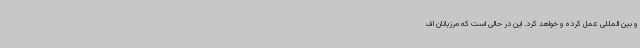
و بین المللی عمل کرده و خواهد کرد. این در حالی است که مرزبانان اف